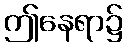
ဤနေရာ၌